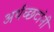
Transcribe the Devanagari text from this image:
अर्थच्‍छटांनी